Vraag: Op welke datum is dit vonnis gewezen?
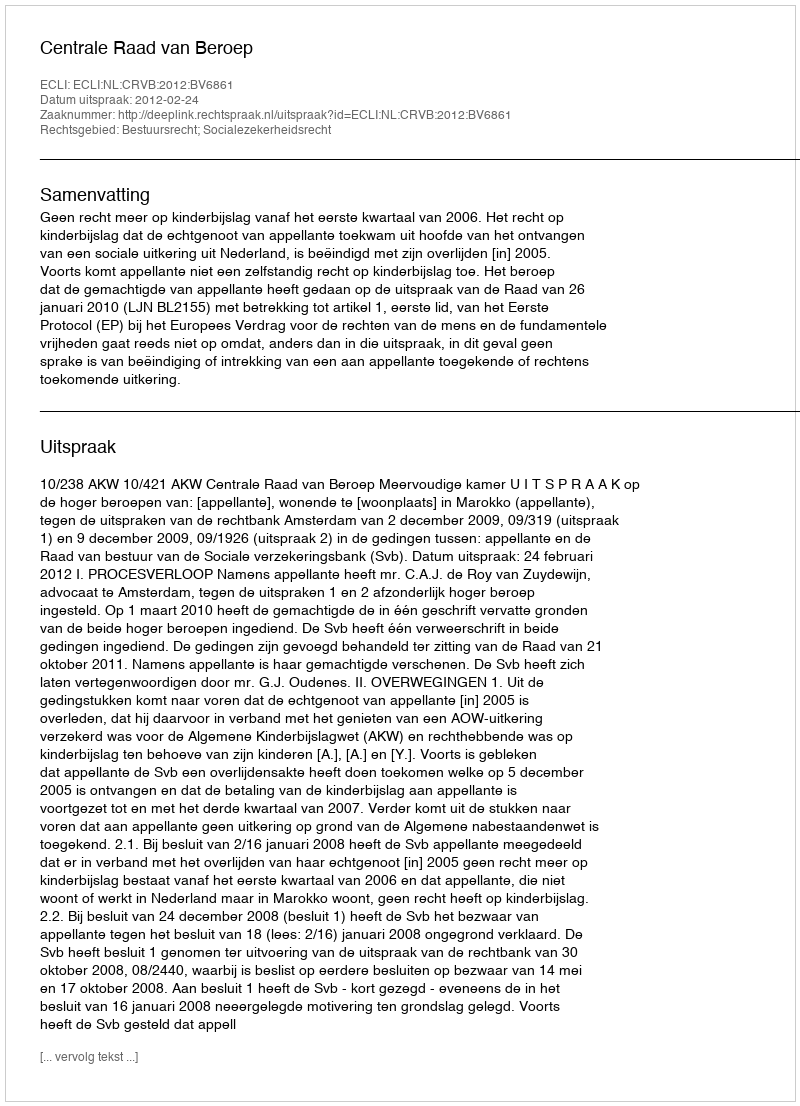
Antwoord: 2012-02-24